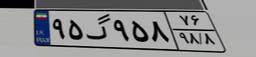
۹۵گ۹۵۸۷۶